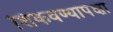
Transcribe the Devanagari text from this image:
शिकवण्यापेक्षा